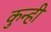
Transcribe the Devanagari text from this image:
कुन्ही